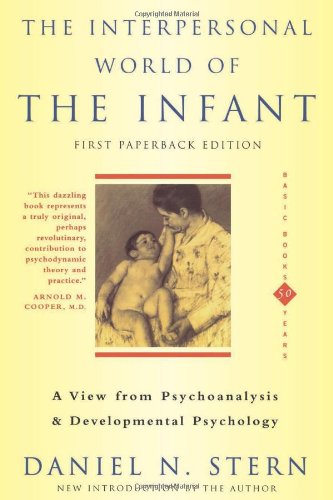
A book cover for The Interpersonal World Of The Infant: A View from Psychoanalysis and Developmental Psychology; Daniel N. Stern; Medical Books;